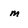
Character: m